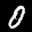
Label: 0